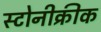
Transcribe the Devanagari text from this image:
स्टोनीक्रीक